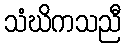
သံဃိကသညီ